Civil Veterinary Department Bengal reports 1923-33 - 1923-1933
Year: 1923
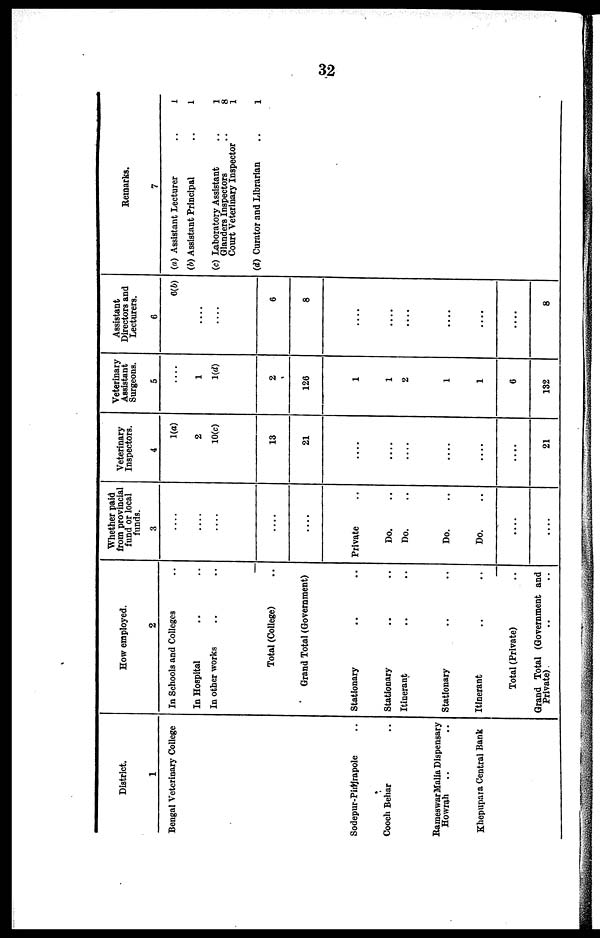
32
1
Bengal Veterinary College
Sodepur-Pinjrapole ..
Cooch Behar ..
RameswarMalia Dispensary
Howrah .. ..
Khepupara Central Bank
How employed.
2
In Schools and Colleges ..
In Hospital .. ..
In other works .. ..
Total (College) ..
Grand Total (Government)
Stationary .. ..
Stationary .. ..
Itinerant .. ..
Stationary .. ..
Itinerant .. ..
Total (Private) ..
Grand Total (Government and
Private) .. ..
Whether paid
from provincial
fund or local
funds.
3
....
....
....
....
....
Private ..
Do. ..
Do. ..
Do. ..
Do. ..
....
....
Veterinary
Inspectors.
4
1(a)
2
10(c)
13
21
....
....
....
....
....
....
21
Veterinary
Assistant
Surgeons.
5
....
1
1(d)
2
126
1
1
2
1
1
6
132
Assistant
Directors and
Lecturers.
6
6(b)
6
8
....
....
....
....
8
Remarks.
7
(a) Assistant Lecturer ..
(b) Assistant Principal ..
(c) Laboratory Assistant
Glanders Inspectors
Court Veterinary Inspector
(d) Curator and Librarian ..
1
1
1
8
1
1